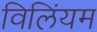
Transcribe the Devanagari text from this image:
विलिंयम